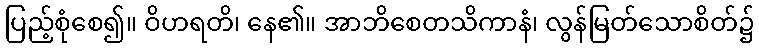
ပြည့်စုံစေ၍။ ဝိဟရတိ၊ နေ၏။ အာဘိစေတသိကာနံ၊ လွန်မြတ်သောစိတ်၌